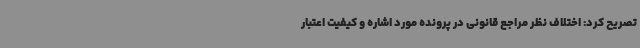
تصریح کرد: اختلاف نظر مراجع قانونی در پرونده مورد اشاره و کیفیت اعتبار